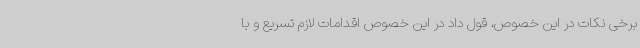
برخی نکات در این خصوص، قول داد در این خصوص اقدامات لازم تسریع و با